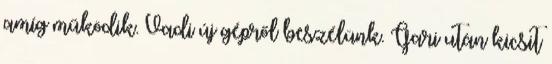
amíg működik. Vadi új gépről beszélünk. Gari után kicsit